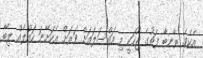
އެކެވެ. ރާނބާ ފަތުގެ ޖޫހަކީ މި މައްސަލައަށް ވަރަށް އެކަށޭނަ ހައްލެއް ލިބޭ